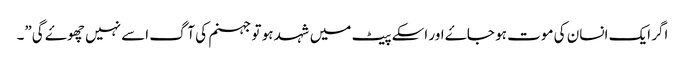
اگر ایک انسان کی موت ہو جاۓ اور اسکے پیٹ میں شہد ہو تو جہنم کی آگ اسے نہیں چھوۓ گی”۔